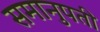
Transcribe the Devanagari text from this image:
समानुपती